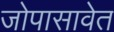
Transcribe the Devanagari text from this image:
जोपासावेत